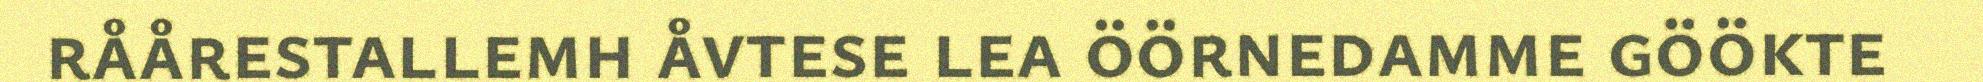
råårestallemh åvtese lea öörnedamme göökte